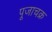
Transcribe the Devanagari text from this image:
पूजाचक्र